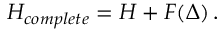
H _ { c o m p l e t e } = { \cal H } + F ( \Delta ) \, .